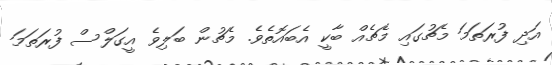
އަދި ފުރަތަމަ މެޗުގައި މެޗެއް ބާކީ އެބައޮތެވެ. މެޗުން ބަލިވެ އީގަލްސް ފުރަތަމަ